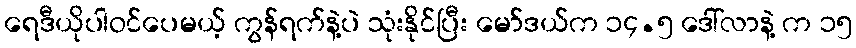
ရေဒီယိုပါဝင်ပေမယ့် ကွန်ရက်နဲ့ပဲ သုံးနိုင်ပြီး မော်ဒယ်က ၁၄.၅ ဒေါ်လာနဲ့ က ၁၅